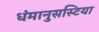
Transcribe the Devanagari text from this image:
धंमानुसस्टिया